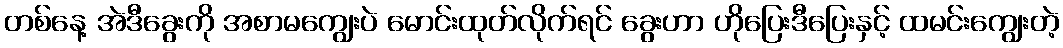
တစ်နေ့ အဲဒီခွေးကို အစာမကျွေးပဲ မောင်းထုတ်လိုက်ရင် ခွေးဟာ ဟိုပြေးဒီပြေးနှင့် ထမင်းကျွေးတဲ့